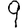
Digit: 9